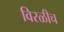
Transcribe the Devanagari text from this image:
विरळीच